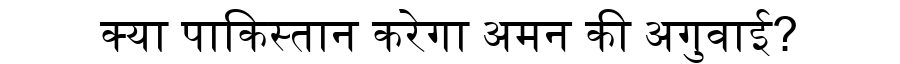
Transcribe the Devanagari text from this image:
क्या पाकिस्तान करेगा अमन की अगुवाई?